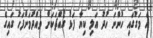
އެ މަގުގައި ހުންނަ ހުދު އަލި ކިޔާ ފަޅު ގޯއްޗަކަށް ވެއްދުމަށްފަހު ގައިގެ